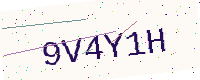
Text: 9V4Y1H